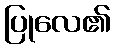
ပြုလေ၏